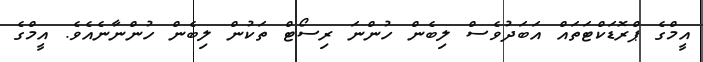
އީމްގެ ޕްރޮޑަކްޓަތައް އަބަދުވެސް ލިބެން ހުންނަ ރިސޯޓް ތަކުން ލިބެން ހުންނާނެއެވެ. އީމްގެ